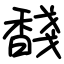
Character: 馢